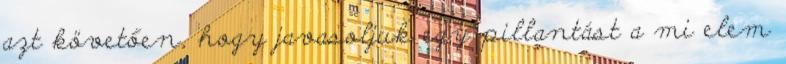
azt követően, hogy javasoljuk egy pillantást a mi elem